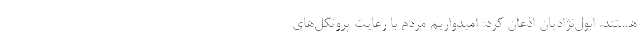
هستند. ابول‌نژادیان اذعان کرد: امیدواریم مردم با رعایت پروتکل‌های